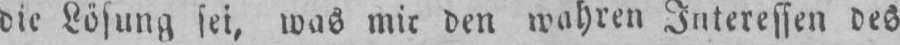
die Lösung sei, was mir den wahren Interessen des